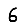
Digit: 6